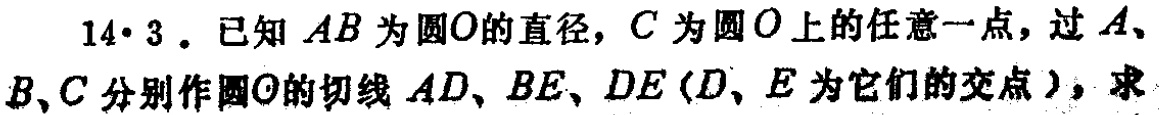
14·3. 已知 \(AB\) 为圆 \(O\) 的直径，\(C\) 为圆 \(O\) 上的任意一点，过 \(A\)、\(B\)、\(C\) 分别作圆 \(O\) 的切线 \(AD\)、\(BE\)、\(DE\)（\(D\)、\(E\) 为它们的交点），求